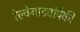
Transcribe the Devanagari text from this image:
रेल्वेगाड्यांपैकी